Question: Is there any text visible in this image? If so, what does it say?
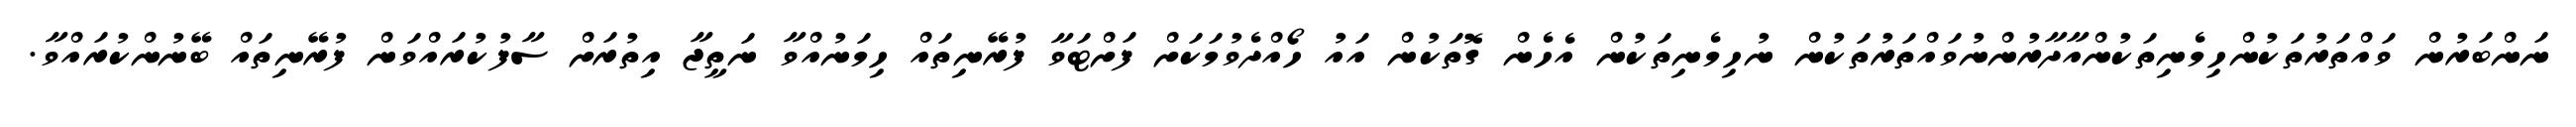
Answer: ނަންބަރުން ވައްތަރުތަކުންހިމެނިތަކުންއާދާރުންނުވައްތަރުތަކުން ނުހިމެނިތަކުން އެހެން ގޮތަކުން އައު ހޯއްދެވުމަކަށް ފަށްޓަވާ ފުރޭނިތައް ހިމަނުއްވާ ނަތީޖާ އިތުރަށް ސާފުކުރައްވަން ފުރޭނިތައް ބޭނުންކުރައްވާ.